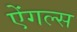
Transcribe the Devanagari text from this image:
ऐंगल्स